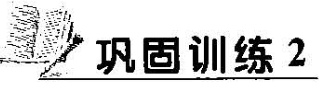
巩固训练2